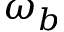
\omega _ { b }